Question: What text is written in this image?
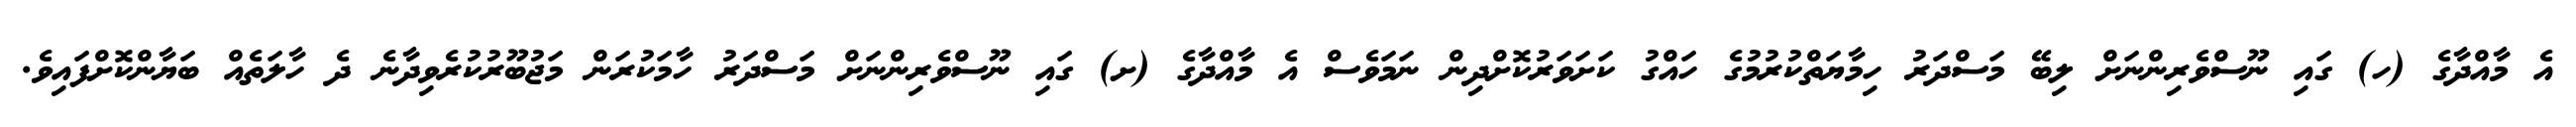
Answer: އެ މާއްދާގެ (ހ) ގައި ނޫސްވެރިންނަށް ލިބޭ މަސްދަރު ހިމާޔަތްކުރުމުގެ ހައްގު ކަށަވަރުކޮށްދިން ނަމަވެސް އެ މާއްދާގެ (ށ) ގައި ނޫސްވެރިންނަށް މަސްދަރު ހާމަކުރަން މަޖުބޫރުކުރެވިދާނެ ދެ ހާލަތެއް ބަޔާންކޮށްފައިވެ.